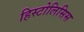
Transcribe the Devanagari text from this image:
हिस्टोलिसिस